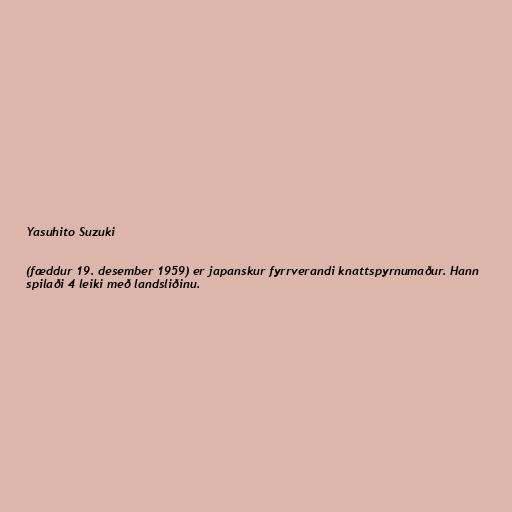
Yasuhito Suzuki

(fæddur 19. desember 1959) er japanskur fyrrverandi knattspyrnumaður. Hann
spilaði 4 leiki með landsliðinu.